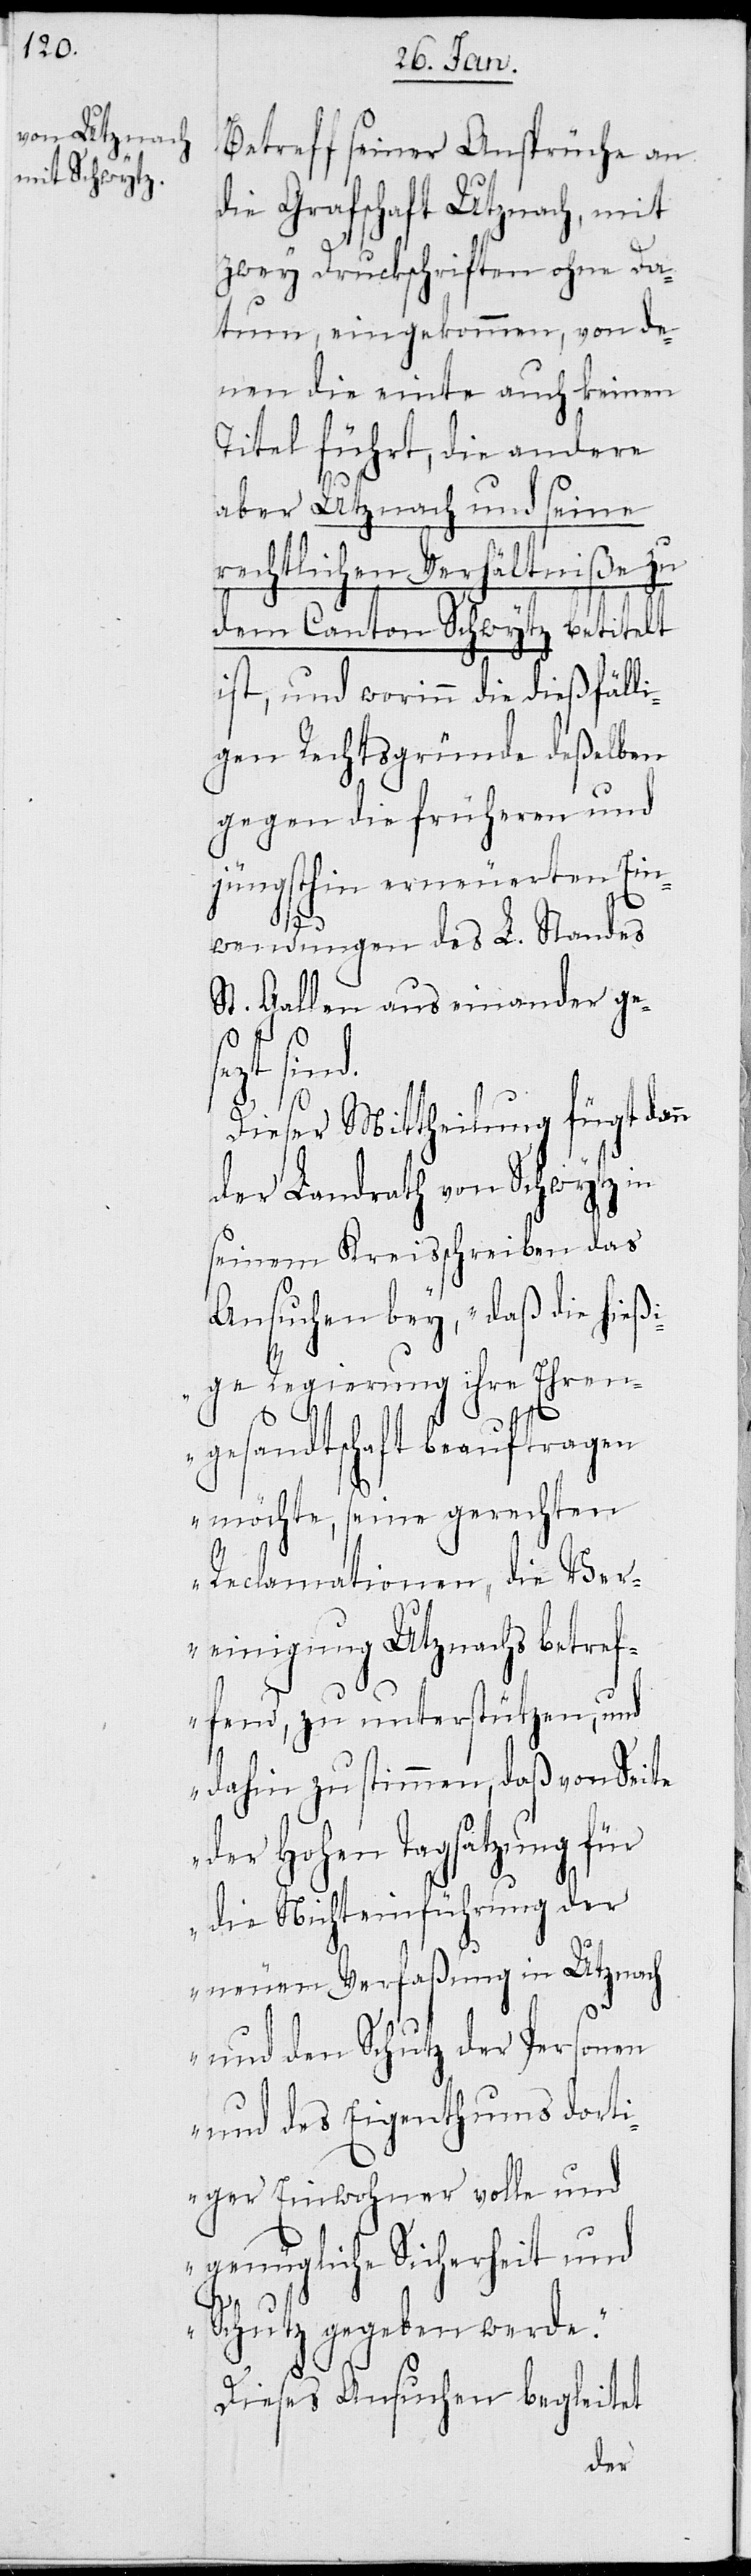
Betreff seiner Ansprüche an
die Grafschaft Utznach, mit
zwey Druckschriften ohne Da¬
tum, eingekommen, von de¬
nen die einte auch keinen
Titel führt, die andere
aber Utznach und seine
rechtlichen Verhältniße zu
dem Canton Schwytz betitelt
ist, und worinn die dießfälli¬
gen Rechtsgründe deßelben
gegen die früheren und
jüngsthin erneuerten Ein¬
wendungen des L. Standes
St. Gallen auseinander ge¬
sezt sin¬
Dieser Mittheilung fügt dann
der Landrath von Schwytz in
seinem Kreisschreiben das
Ansuchen bey, „daß die hießi¬
ge Regierung ihre Ehren¬
gesandtschaft beauftragen
möchte, seine gerechten
d.
Reclamationen, die Ver¬
einigung Utznachs betref¬
fend, zu unterstützen, und
dahin zu stimmen, daß von Seite
der Hohen Tagsatzung für
die Nichteinführung der
neuen Verfaßung in Utznach
und den Schutz der Personen
und des Eigenthums dort¬
iger Einwohner volle und
genügliche Sicherheit und
Schutz gegeben werde.“
Dieses Ansuchen begleitet